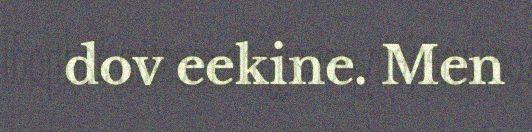
dov eekine. Men